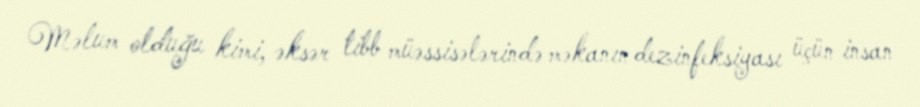
Məlum olduğu kimi, əksər tibb müəssisələrində məkanın dezinfeksiyası üçün insan